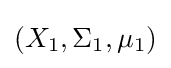
(X_{1},\Sigma _{1},\mu _{1})